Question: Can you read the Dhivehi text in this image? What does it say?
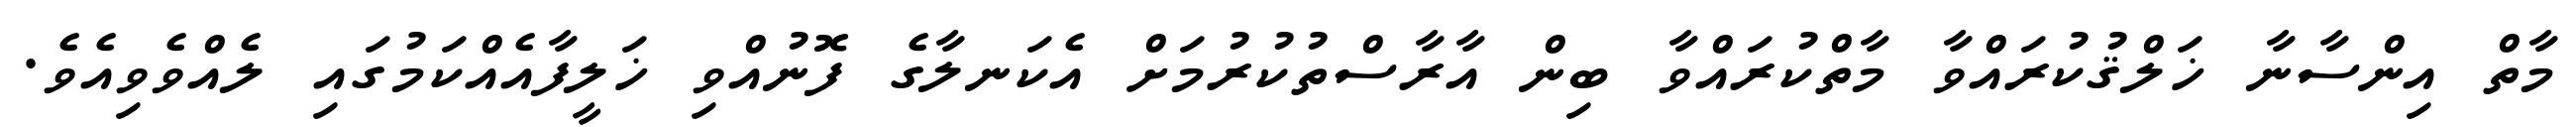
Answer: މާތް އިންސާނާ ޚަލްޤުކުރައްވާ މާތްކުރައްވާ ބިން އާރާސްތުކުރުމަށް އެކަނލާގެ ފޮނުއްވި ޚަލީފާއެއްކަމުގައި ލެއްވެވިއެވެ.